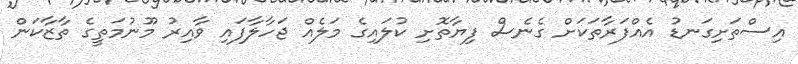
އިސްތަށިގަނޑު އެއްފަރާތަކަށް ގެނެސް ފިޔާތޮށި ކުލައިގެ މަލެއް ޖަހާލާފައި ވާއިރު މޫނުމަތީގެ ތާޒާކަން